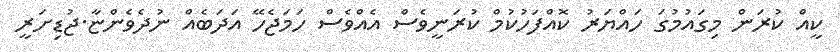
ކީއް ކުރަން މިގައުމުގަ ހައްޔަރު ކޮއްފަހުކުމް ކުރަނީވެސް އެއްވެސް ހަމަޖެހޭ އަދަބެއް ނުދެވެންޏާ.ޖުޑިށަރީ